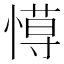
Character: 𢠍